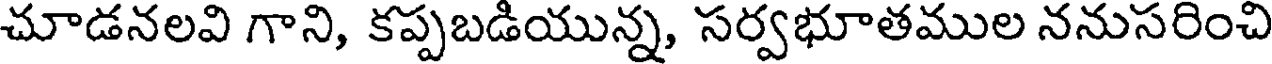
చూడనలవి గాని, కప్పబడియున్న, సర్వభూతముల ననుసరించి